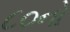
૮૦નો